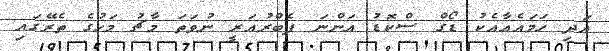
އަދި ހަމައެއާއެކު ޑޯގް ސްކޮޑު އަންނަ ފެބްރުއަރީ ނުވަތަ މާޗު މަހުގެ ތެރޭގައި